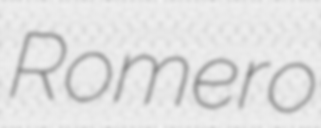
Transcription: Romero